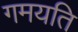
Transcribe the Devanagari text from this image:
गमयति